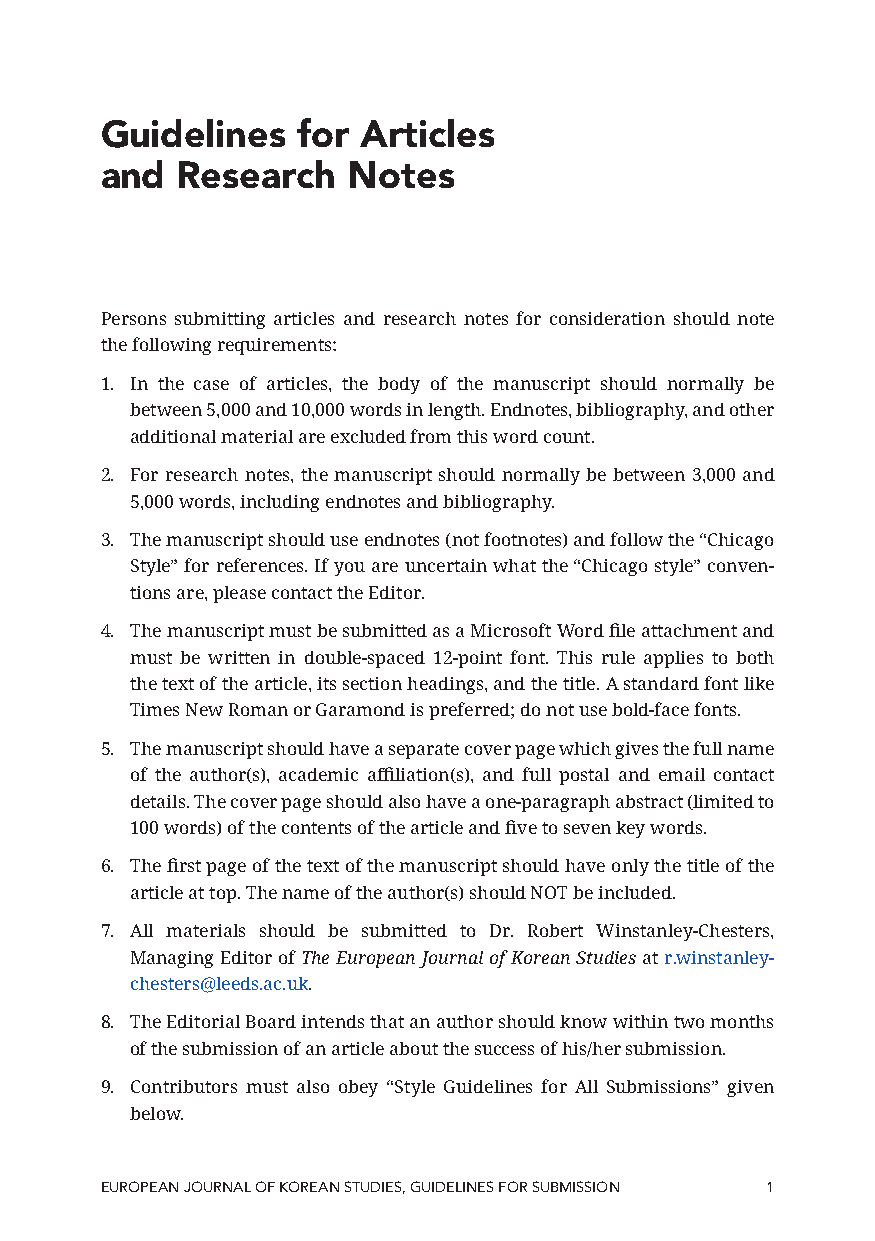
Guidelines   for Articles
 and  Research   Notes
 Persons submitting articles and research notes for consideration should note
 the following requirements:
 1. In the case of articles, the body of the manuscript should normally be
 between 5,000 and 10,000 words in length. Endnotes, bibliography, and other
 additional material are excluded from this word count.
 2. For research notes, the manuscript should normally be between 3,000 and
 5,000 words, including endnotes and bibliography.
 3. The manuscript should use endnotes (not footnotes) and follow the “Chicago
 Style” for references. If you are uncertain what the “Chicago style” conven-
 tions are, please contact the Editor.
 4. The manuscript must be submitted as a Microsoft Word file attachment and
 must be written in double-spaced 12-point font. This rule applies to both
 the text of the article, its section headings, and the title. A standard font like
 Times New Roman or Garamond is preferred; do not use bold-face fonts.
 5. The manuscript should have a separate cover page which gives the full name
 of the author(s), academic affiliation(s), and full postal and email contact
 details. The cover page should also have a one-paragraph abstract (limited to
 100 words) of the contents of the article and five to seven key words.
 6. The first page of the text of the manuscript should have only the title of the
 article at top. The name of the author(s) should NOT be included.
 7. All materials should be submitted to Dr. Robert Winstanley-Chesters,
 Managing Editor of The European Journal of Korean Studies at r.winstanley-
 chesters@leeds.ac.uk.
 8. The Editorial Board intends that an author should know within two months
 of the submission of an article about the success of his/her submission.
 9. Contributors must also obey “Style Guidelines for All Submissions” given
 below.
 EUROPEAN JOURNAL OF KOREAN STUDIES, GUIDELINES FOR SUBMISSION 1